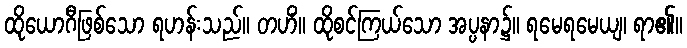
ထိုယောဂီဖြစ်သော ရဟန်းသည်။ တဟိံ။ ထိုစင်ကြယ်သော အပ္ပနာ၌။ ရမေရမေယျ၊ ရာ၏။